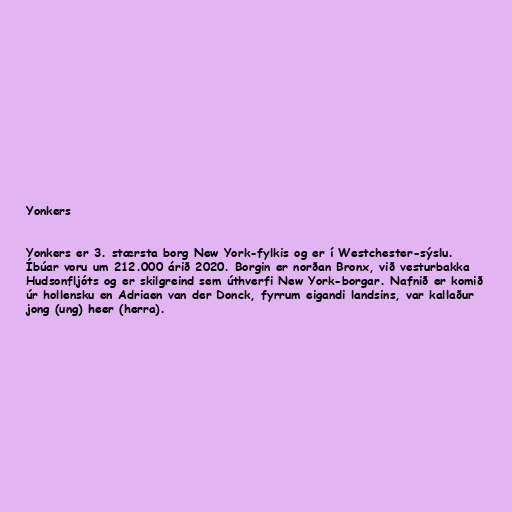
Yonkers

Yonkers er 3. stærsta borg New York-fylkis og er í Westchester-sýslu.
Íbúar voru um 212.000 árið 2020. Borgin er norðan Bronx, við vesturbakka
Hudsonfljóts og er skilgreind sem úthverfi New York-borgar. Nafnið er komið
úr hollensku en Adriaen van der Donck, fyrrum eigandi landsins, var kallaður
jong (ung) heer (herra).